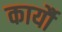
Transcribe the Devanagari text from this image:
कार्यौ